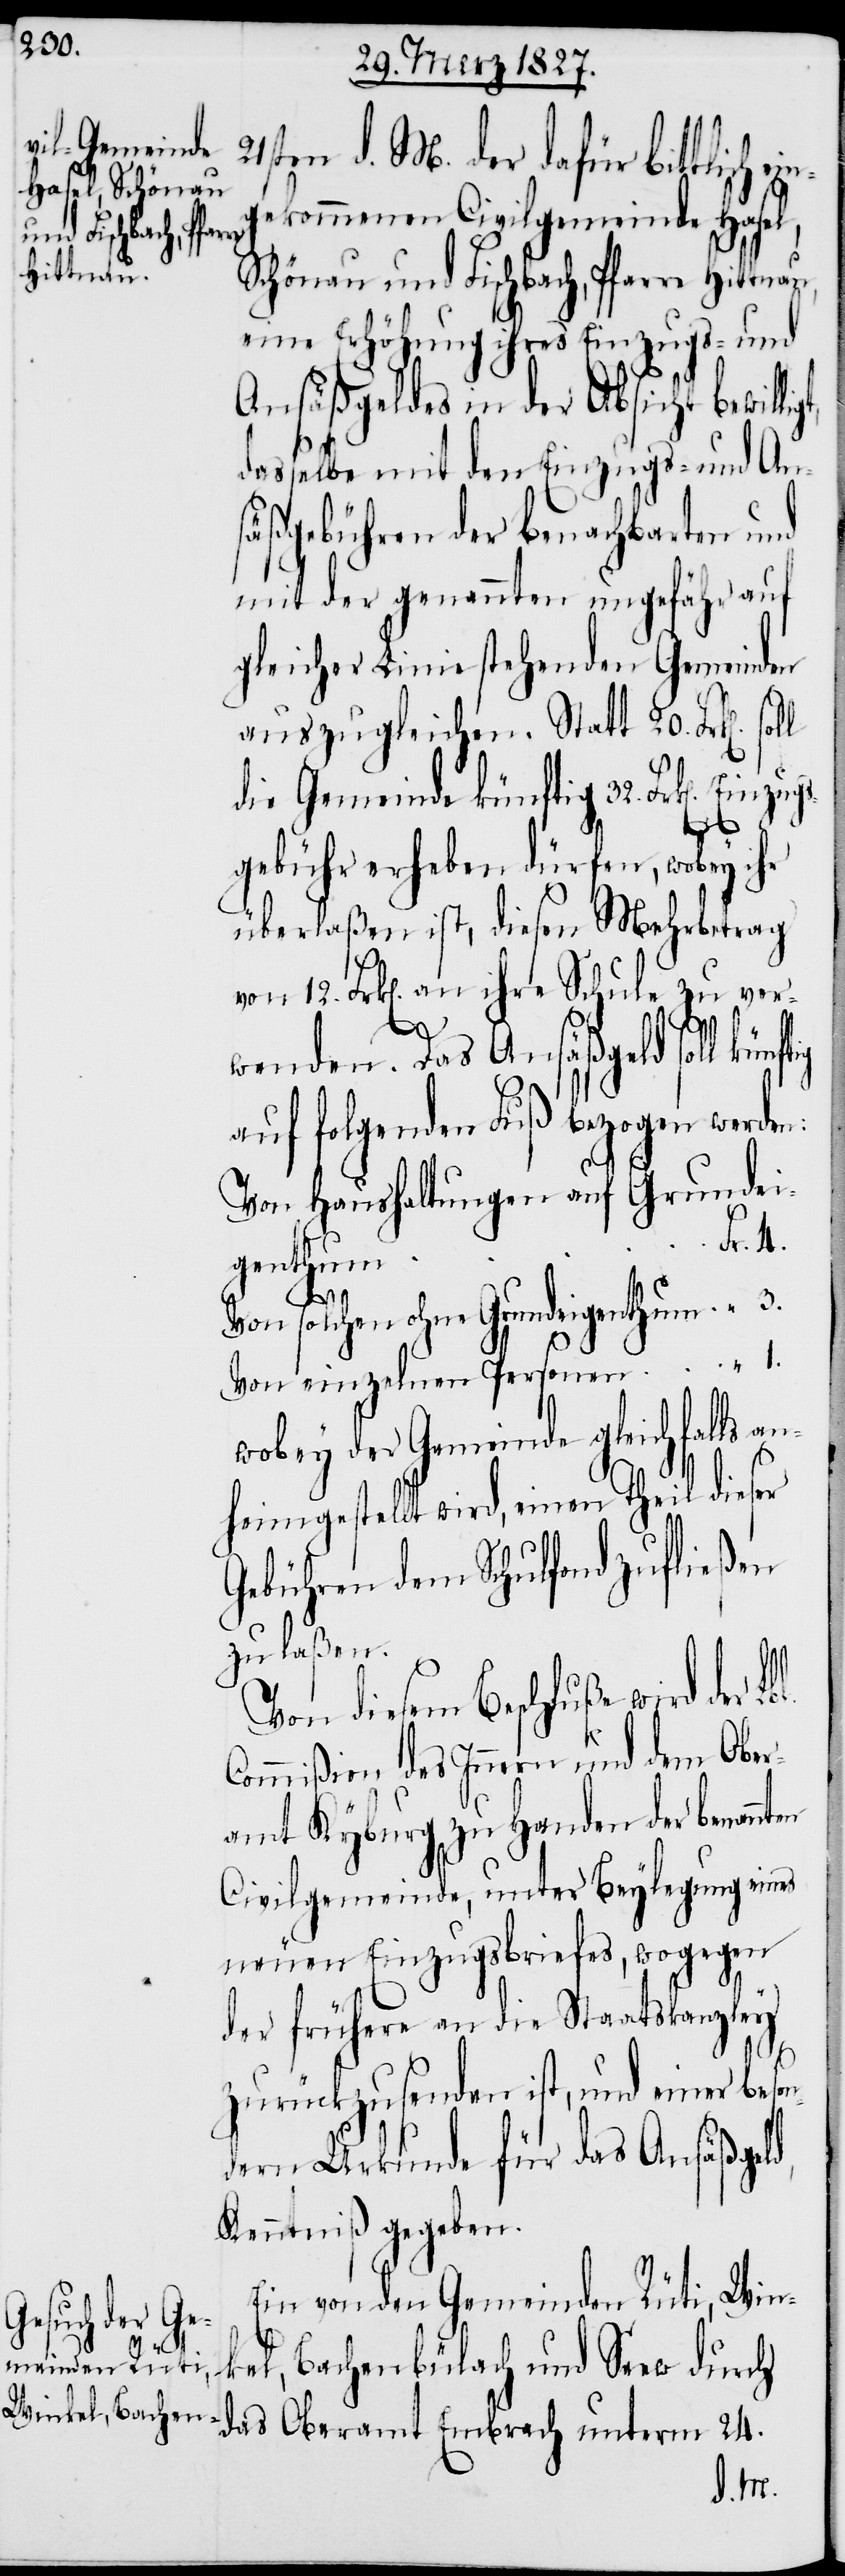
21sten d. M. der dafür bittlich e¬
ekommenen Civilgemeinde Hasel,
Schönau und Fischbach, Pfarre Hittnau,
eine Erhöhung ihres Einzugs- und
Ansäßgeldes in der Absicht bewilli¬
dasselbe mit den Einzugs- und An¬
säßgebühren der benachbarten und
mit der genannten ungefähr auf
gleicher Linie stehenden Gemeinden
auszugleichen. Statt 20. Frk[en].
die Gemeinde künftig 32. Frk[en]. Ei¬
ten
gebühr erheben dürfen, wobey ihr
überlaßen ist, diesen Mehrbetrag
von 12. Frk[en]. an ihre Schule zu ver¬
d,
wenden. Das Ansäßgeld soll künf¬
auf folgenden Fuß bezogen werden:
Von Haushaltungen auf Grundei¬
son¬
genthum
Von solchen ohne Grundeigenthum		“	3.
Von einzelnen Personen		“	1.
wobey der Gemeinde gleichfalls an¬
heimgestellt wird, einen Theil dieser
Gebühren dem Schulfond zufließen
zu laßen.
Von diesem Beschluße wird der L¬
Commißion des Innern und dem Ober¬
amt Kyburg zu Handen der benann¬
Civilgemeinde, unter Beylegung eines
neuen Einzugsbriefes, wogegen
der frühere an die Staatskanzley
zurückzusenden ist, und einer be¬
dern Urkunde für das Ansäßgel¬
Kenntniß gegeben.
Ein von den Gemeinden Rüti, Win¬
kel, Bachenbülach und Seew durch
das Oberamt Embrach unterm 24.